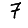
Digit: 7